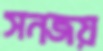
সনজয়